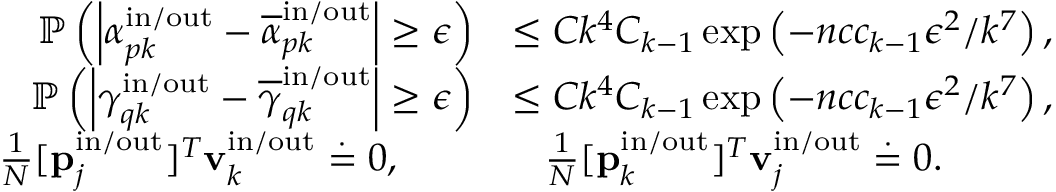
\begin{array} { r l } { \mathbb { P } \left( \left| \alpha _ { p k } ^ { \mathrm { i n } / \mathrm { o u t } } - \overline { { \alpha } } _ { p k } ^ { \mathrm { i n } / \mathrm { o u t } } \right| \geq \epsilon \right) } & { \leq C k ^ { 4 } C _ { k - 1 } \exp \left( - n c c _ { k - 1 } \epsilon ^ { 2 } / k ^ { 7 } \right) , } \\ { \mathbb { P } \left( \left| \gamma _ { q k } ^ { \mathrm { i n } / \mathrm { o u t } } - \overline { { \gamma } } _ { q k } ^ { \mathrm { i n } / \mathrm { o u t } } \right| \geq \epsilon \right) } & { \leq C k ^ { 4 } C _ { k - 1 } \exp \left( - n c c _ { k - 1 } \epsilon ^ { 2 } / k ^ { 7 } \right) , } \\ { \frac { 1 } { N } [ \mathbf { p } _ { j } ^ { \mathrm { i n } / \mathrm { o u t } } ] ^ { T } \mathbf { v } _ { k } ^ { \mathrm { i n } / \mathrm { o u t } } \stackrel { \cdot } { = } 0 , \qquad } & { \; \; \; \frac { 1 } { N } [ \mathbf { p } _ { k } ^ { \mathrm { i n } / \mathrm { o u t } } ] ^ { T } \mathbf { v } _ { j } ^ { \mathrm { i n } / \mathrm { o u t } } \stackrel { \cdot } { = } 0 . } \end{array}